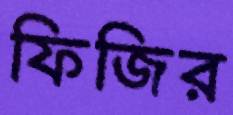
ফিজির